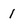
Character: 1